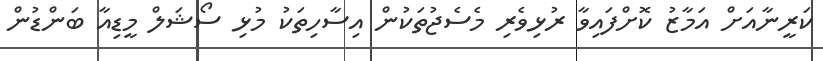
ކަރީނާއަށް އަމާޒު ކޮށްފައިވާ ރުޅިވެރި މެސެޖުތަކުން އިސާހިތަކު މުޅި ސޯޝަލް މީޑިއާ ބަންޑުން